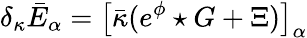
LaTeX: \delta_{\kappa}\bar{E}_{\alpha}=\big[\bar{\kappa}(e^{\phi}\star G+\Xi)\big]_{\alpha}